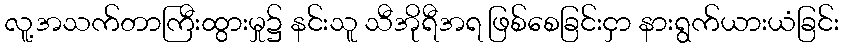
လူ့အသက်တာကြီးထွားမှု၌ နင်းသူ သီအိုရီအရ ဖြစ်စေခြင်းငှာ နားရွက်ယားယံခြင်း